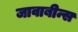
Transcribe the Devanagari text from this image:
जावाबीन्स